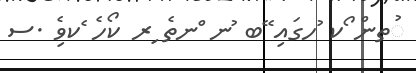
ުތން ޯކ ުހގައި ޭބ ުނ ްނތެ ިރ ކޯހެ ެކވެި .ސ